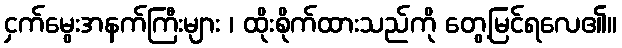
ငှက်မွေးအနက်ကြီးများ ၊ ထိုးစိုက်ထားသည်ကို တွေ့မြင်ရလေ၏။